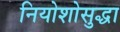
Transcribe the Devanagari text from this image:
नियोशोसुद्धा